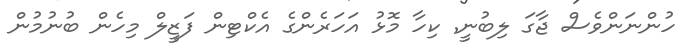
ހުންނަންވެސް ޖާގަ ލިބުނީ